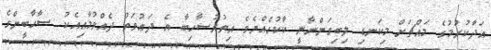
އަދާކުރުމުގެ މައްޗަށް މިކަނޑި ލިބިގަންނާނީ ކާކުހެއްޔެވެ އިތުރުސާހިބާ އެ ދަޢުވަތު ދެއްވުމާއިއެކު ޞާޙާބީންގެ